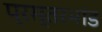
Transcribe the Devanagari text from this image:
प्रस्तरभांड